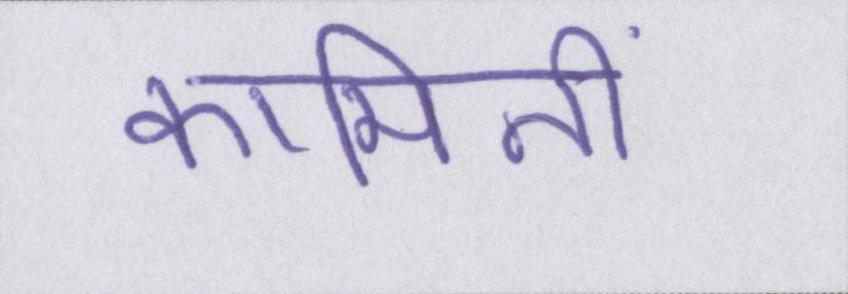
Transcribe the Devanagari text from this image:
कामिनी